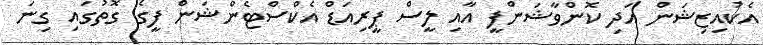
އެކުއިޒިޝަން އަދި ކޮންވާޝަންފީ އާއި ލީސް ޕީރިއަޑް އެކްސްޓެންޝަން ފީގެ ގޮތުގައި ގިނަ